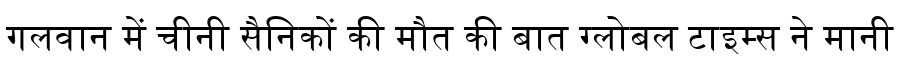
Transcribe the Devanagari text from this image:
गलवान में चीनी सैनिकों की मौत की बात ग्लोबल टाइम्स ने मानी